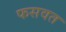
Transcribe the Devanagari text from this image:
फसवत